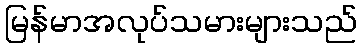
မြန်မာအလုပ်သမားများသည်